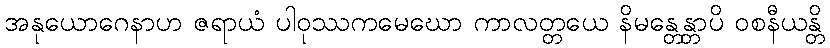
အနုယောဂေနာဟ ဇရာယံ ပါဝုဿကမေဃော ကာလတ္တယေ နိမန္တေန္တာပိ ဝစနီယန္တိ